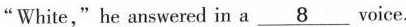
"White," he answered in a \underline{8} voice.